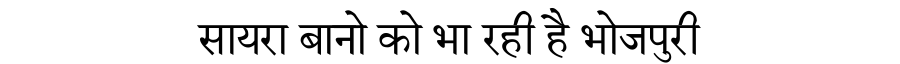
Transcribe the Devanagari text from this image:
सायरा बानो को भा रही है भोजपुरी